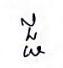
ជ្ជ